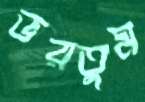
ভরতুম